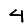
Digit: 4